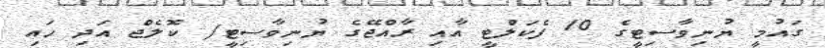
ގައުމީ ޔުނިވާސިޓީގެ 10 ފެކަލްޓީ އާއި ރާއްޖޭގެ ޔުނިވާސިޓީ/ ކޮލެޖް އަދި ހައި